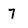
Character: 7